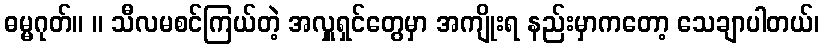
ဓမ္မဂုတ်။ ။ သီလမစင်ကြယ်တဲ့ အလှူရှင်တွေမှာ အကျိုးရ နည်းမှာကတော့ သေချာပါတယ်၊